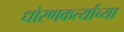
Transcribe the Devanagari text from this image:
धोरणकर्त्याच्या